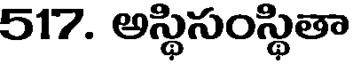
517. అస్థిసంస్థితా